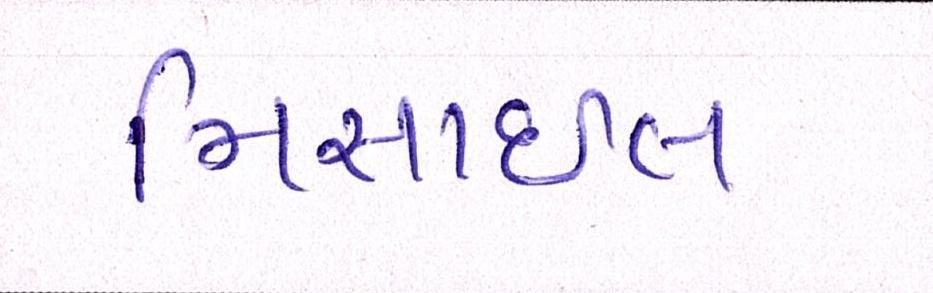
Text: મિસાઇલ